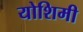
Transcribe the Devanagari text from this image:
योशिमी